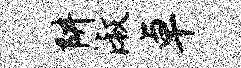
阱淑卓